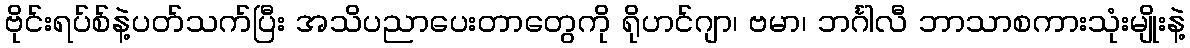
ဗိုင်းရပ်စ်နဲ့ပတ်သက်ပြီး အသိပညာပေးတာတွေကို ရိုဟင်ဂျာ၊ ဗမာ၊ ဘင်္ဂါလီ ဘာသာစကားသုံးမျိုးနဲ့